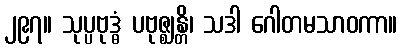
၂၉၇။ သုပ္ပဗုဒ္ဓံ ပဗုဇ္ဈန္တိ၊ သဒါ ဂေါတမသာဝကာ။